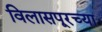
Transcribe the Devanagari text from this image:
विलासपूरच्या